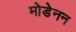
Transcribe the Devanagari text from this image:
मोडेनन